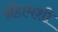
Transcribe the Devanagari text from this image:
ग्रॅहामशी